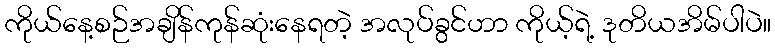
ကိုယ်နေ့စဉ်အချိန်ကုန်ဆုံးနေရတဲ့ အလုပ်ခွင်ဟာ ကိုယ့်ရဲ့ ဒုတိယအိမ်ပါပဲ။